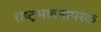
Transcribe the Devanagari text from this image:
राष्ट्रभावनापरक